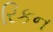
રિકન